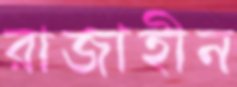
রাজাহীন